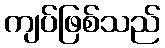
ကျပ်ဖြစ်သည်